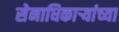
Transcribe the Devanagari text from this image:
सेनाधिकाऱ्यांच्या